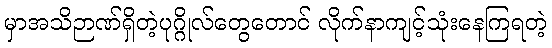
မှာအသိဉာဏ်ရှိတဲ့ပုဂ္ဂိုလ်တွေတောင် လိုက်နာကျင့်သုံးနေကြရတဲ့